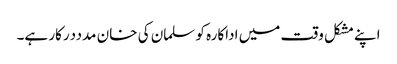
اپنے مشکل وقت میں اداکارہ کو سلمان کی خان مدددرکار ہے۔